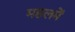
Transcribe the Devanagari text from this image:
महलमें